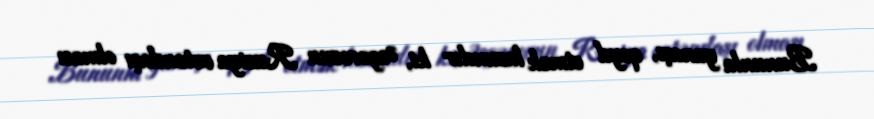
Bununla yanaşı, qeyd etmək lazımdır ki, Əsgərovun Rusiya vətəndaşı olması